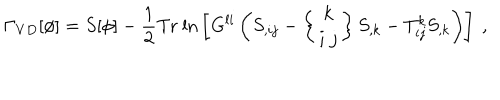
LaTeX: \Gamma _ { V D } [ \phi ] = S [ \phi ] - \frac { 1 } { 2 } \mathrm { T r \ l n } \left[ G ^ { l i } \left( S _ { , i j } - \left\{ \begin{array} { c } { { k } } \\ { { i \ j } } \\ \end{array} \right\} S _ { , k } - T _ { i j } ^ { k } S _ { , k } \right) \right] \ ,